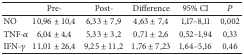
|  | Pre- | Post- | Difference | 95% CI | P |
 | --- | --- | --- | --- | --- | --- |
 | NO | 10,96 ± 10,4 | 6,33 ± 7,9 | 4,63 ± 7,4 | 1,17–8,11 | 0,002 |
 | TNF-α | 6,04 ± 4,4 | 5,33 ± 3,2 | 0,71 ± 2,6 | 0,52–1,94 | 0,33 |
 | IFN-γ | 11,01 ± 26,4 | 9,25 ± 11,2 | 1,76 ± 7,23 | 1,64–5,16 | 0,46 |